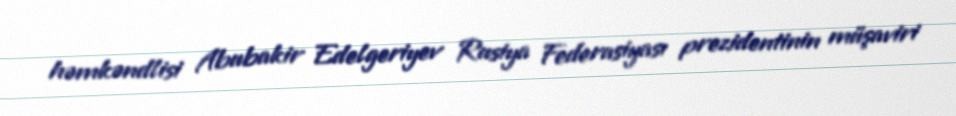
həmkəndlisi Abubakir Edelgeriyev Rusiya Federasiyası prezidentinin müşaviri